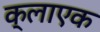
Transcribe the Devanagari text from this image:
क्लाएक